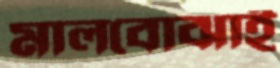
মালবোঝাই